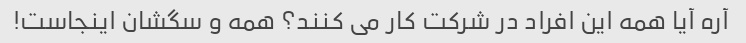
آره آیا همه این افراد در شرکت کار می کنند؟ همه و سگشان اینجاست!